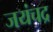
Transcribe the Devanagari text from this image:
जयंचद्र